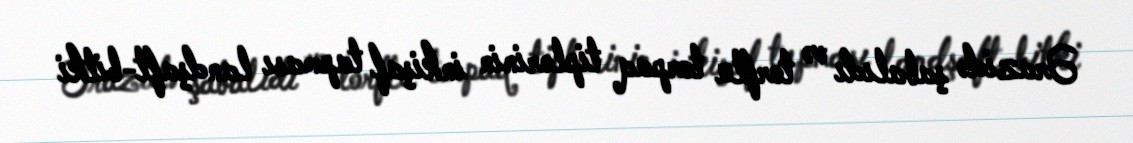
Ərazidə şabalıdı və torflu torpaq tiplərinin inkişaf tapması landşaft-bitki